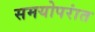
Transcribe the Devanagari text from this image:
समयोपरांत